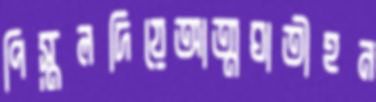
পিস্তলদিয়েআত্মঘাতীহন